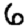
Digit: 6